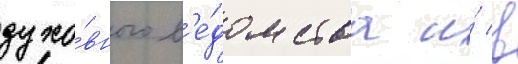
духо́вного в'е́домства и́ в